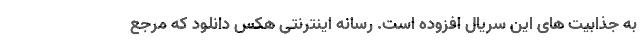
به جذابیت های این سریال افزوده است. رسانه اینترنتی هکس دانلود که مرجع